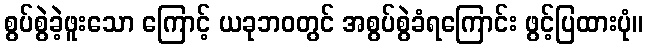
စွပ်စွဲခဲ့ဖူးသော ကြောင့် ယခုဘဝတွင် အစွပ်စွဲခံရကြောင်း ဖွင့်ပြထားပုံ။